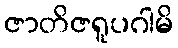
ဇာတိဇရူပဂါမိ